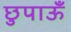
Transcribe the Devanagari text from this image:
छुपाऊँ